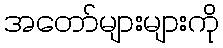
အတော်များများကို